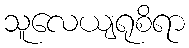
သူလေယျရုစိရာ